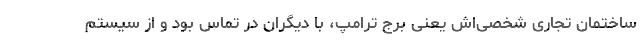
ساختمان تجاری شخصی‌اش یعنی برج ترامپ، با دیگران در تماس بود و از سیستم